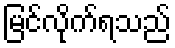
မြင်လိုက်ရသည်